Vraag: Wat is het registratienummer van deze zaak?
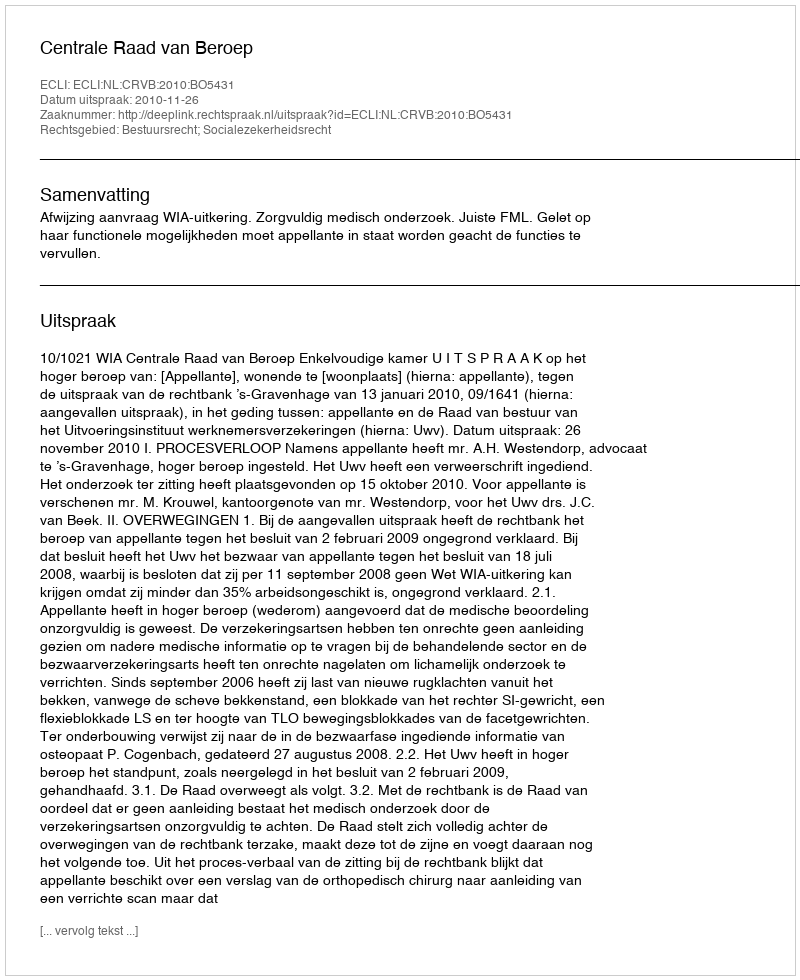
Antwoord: http://deeplink.rechtspraak.nl/uitspraak?id=ECLI:NL:CRVB:2010:BO5431